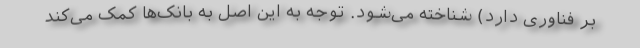
بر فناوری دارد) شناخته می‌شود. توجه به این اصل به بانک‌ها کمک می‌کند